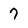
Character: 7